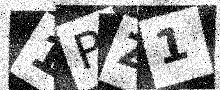
Text: 1PZ1